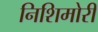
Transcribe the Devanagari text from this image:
निशिमोरी